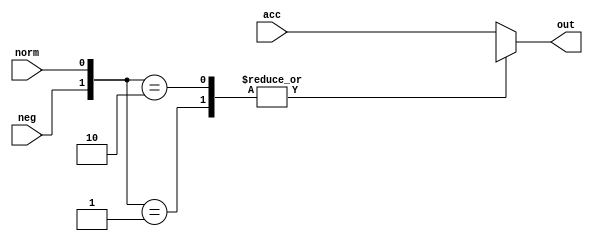
module positivo_fx
#(
	parameter NUBITS = 32,
	parameter [NUBITS-1:0] NUGAIN = 128,
	parameter NORMS = 0,
	parameter PSET  = 0
)

(
	input  [NUBITS-1:0] acc,
	input 		   neg,norm,
	output [NUBITS-1:0] out
);

reg  [NUBITS-1:0] x;
wire[1:0] controle = {neg,norm};
wire [NUBITS-1:0] norms_data;
reg [NUBITS-1:0] pset_data;

generate if(NORMS) assign norms_data = acc/NUGAIN; else assign norms_data = {NUBITS{1'bx}}; endgenerate 
generate if(PSET)  always@(*) begin if  (acc[NUBITS-1] == 1) pset_data <= 0; else pset_data <= acc;end else always@(*) pset_data = {NUBITS{1'bx}}; endgenerate 
	
		

always @(*) begin
	case (controle)
		2'b01: x <= norms_data; 
		2'b10: x <= pset_data;
		default: x <= acc;	
	endcase
end

//always @(*) begin
//
//	if ((acc[NUBITS-1] == 1) && (neg ==1))
//		x <= 0;	
//	else
//		if(norm ==1)
//			x <= acc/NUGAIN;
//		else
//			x <= acc;	
//end

assign out = x;

endmodule